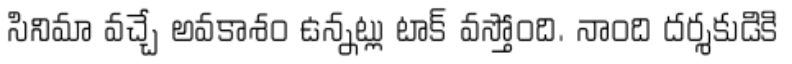
సినిమా వచ్చే అవకాశం ఉన్నట్లు టాక్ వస్తోంది. నాంది దర్శకుడికి